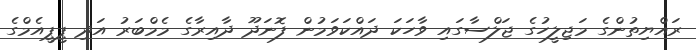
ރައްޔިތުންގެ މަޖިލީހުގެ ޖަލްސާގައި ވާހަކަ ދައްކަވަމުން ފޮނަދޫ ދާއިރާގެ މެމްބަރު އަދި ޕީޕީއެމްގެ